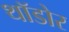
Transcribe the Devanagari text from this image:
थॉडोर